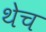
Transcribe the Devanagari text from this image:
थेच